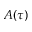
A ( \tau )